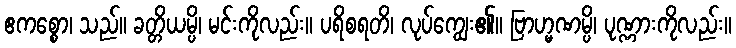
ဧကစ္စော၊ သည်။ ခတ္တိယမ္ပိ၊ မင်းကိုလည်း။ ပရိစရတိ၊ လုပ်ကျွေး၏။ ဗြာဟ္မဏမ္ပိ၊ ပုဏ္ဏားကိုလည်း။